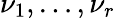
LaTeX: \nu_{1},\dots,\nu_{r}